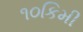
૧૦કિમી